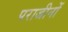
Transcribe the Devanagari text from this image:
पराजीनों